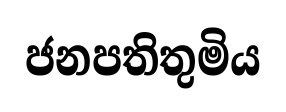
ජනපතිතුමිය